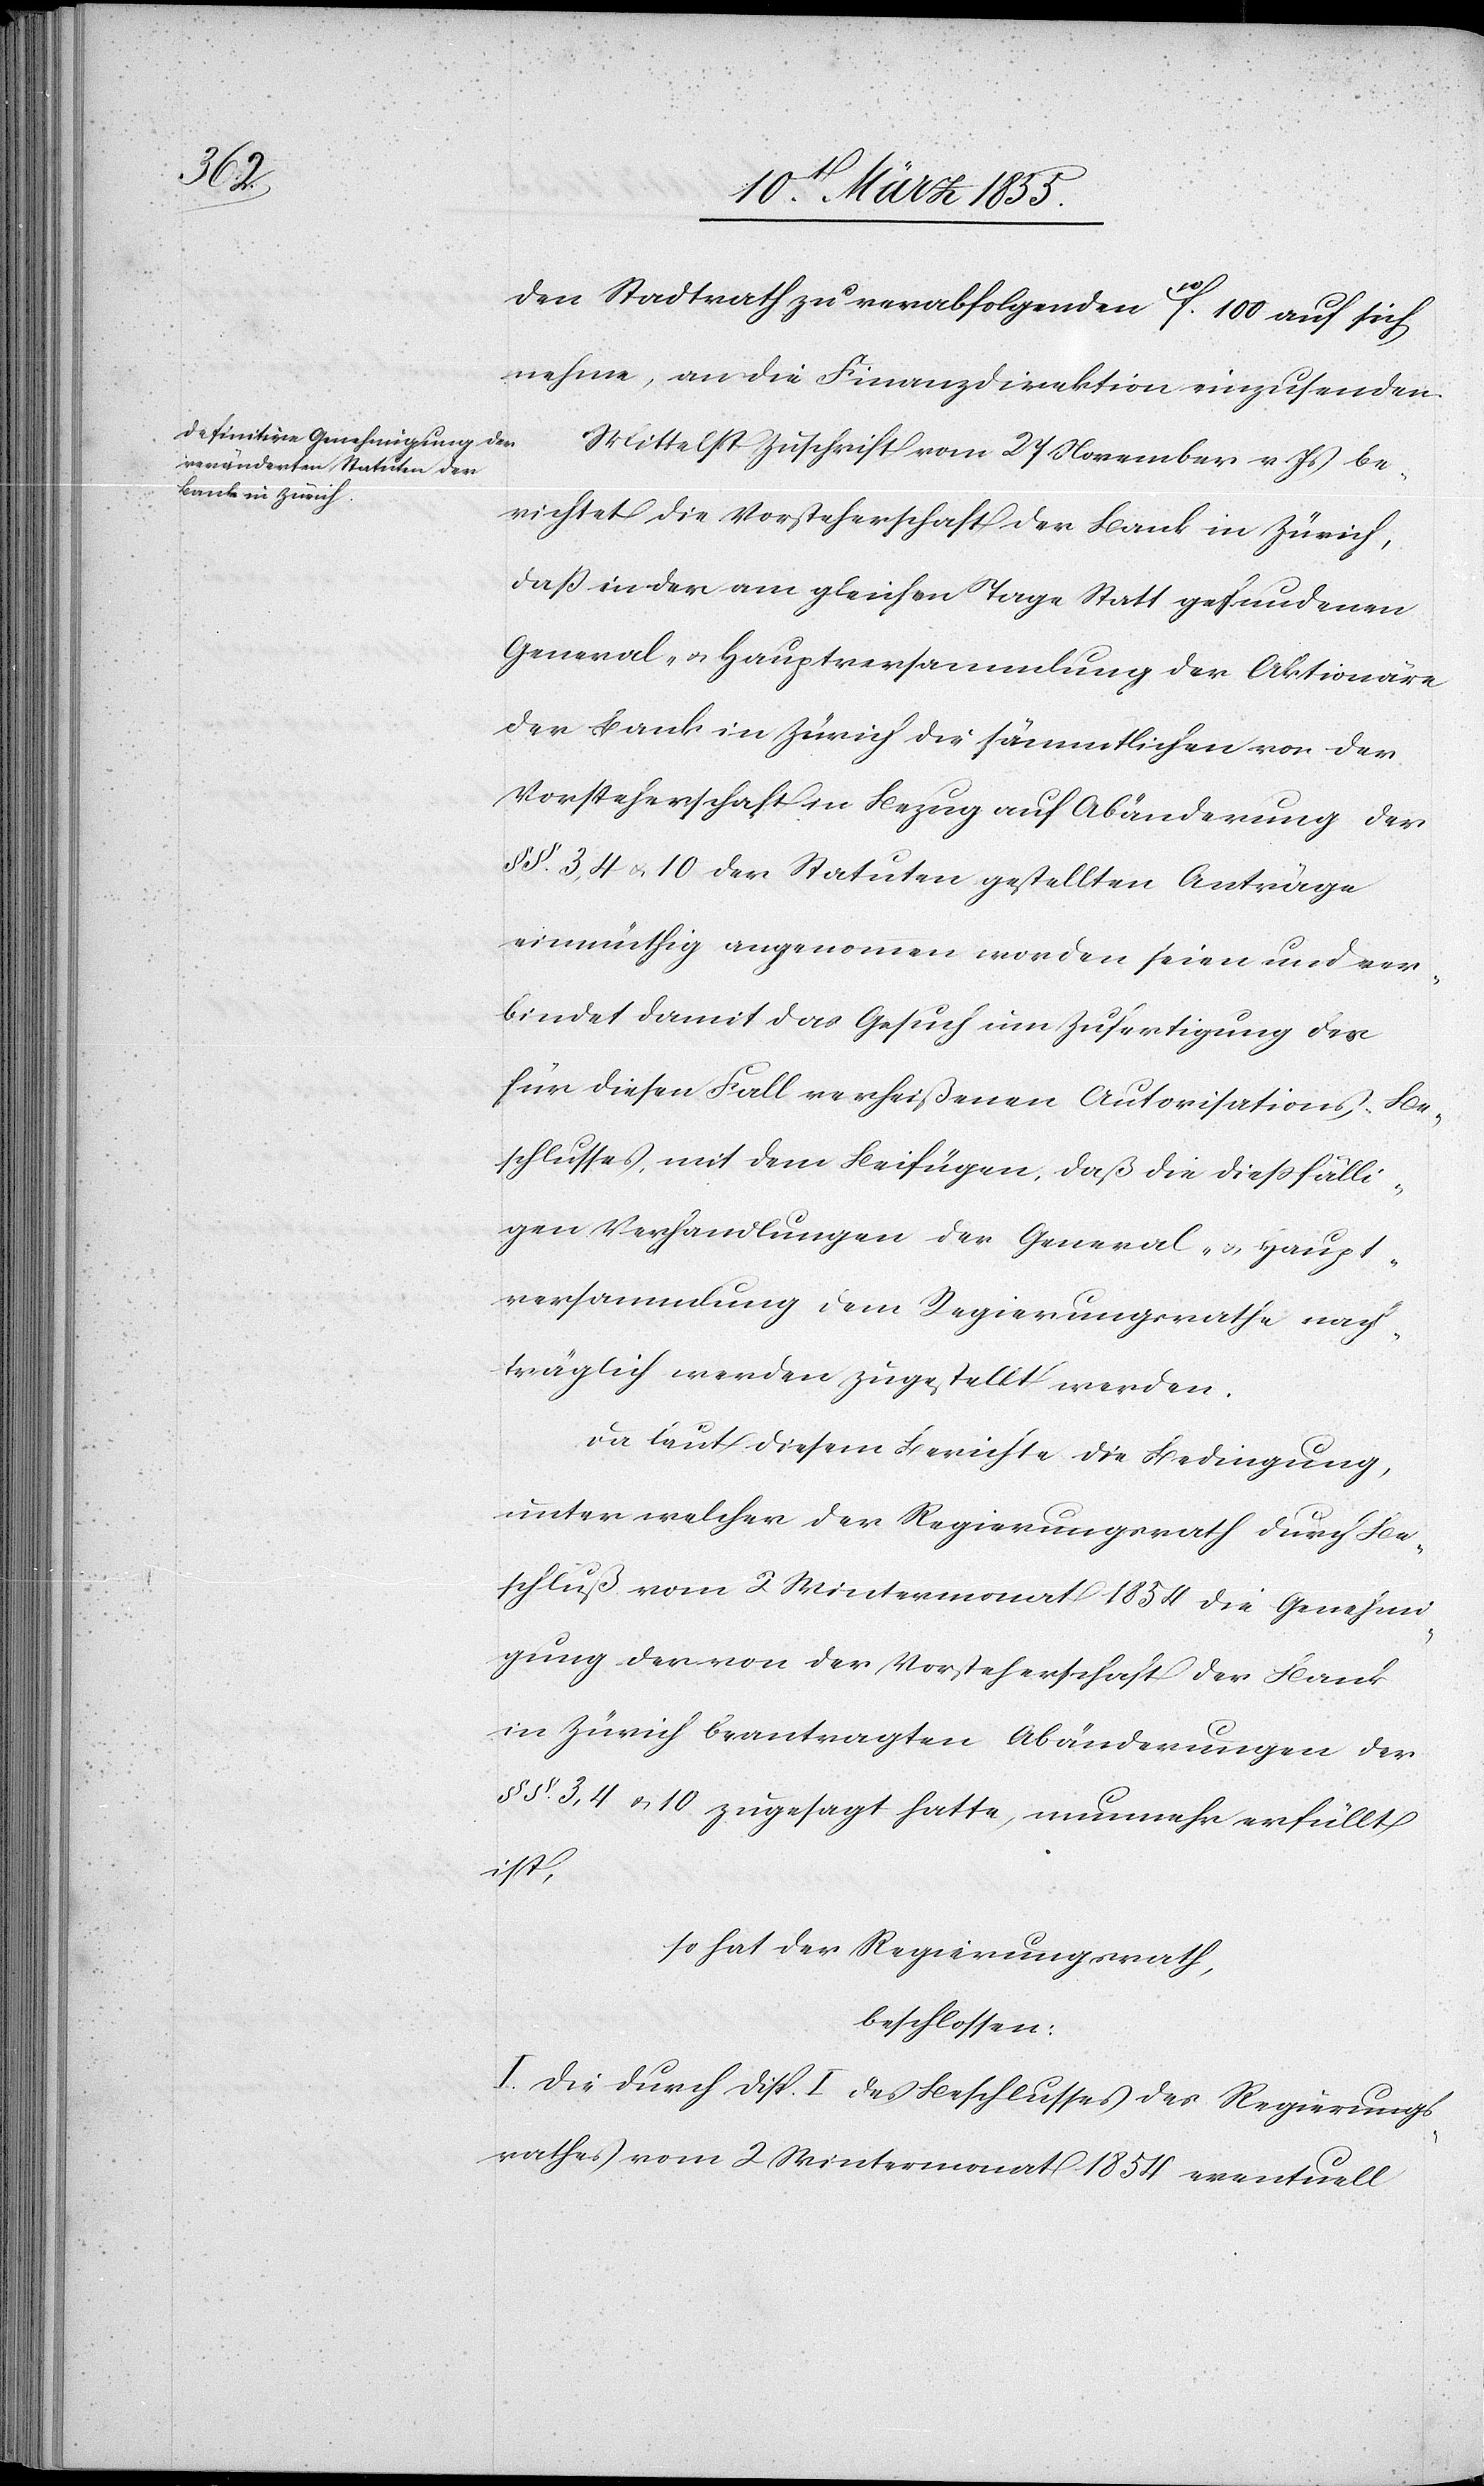
den Stadtrath zu verabfolgenden 10f. 100 auf sich
nehme, an die Finanzdirektion einzusenden.
Mittelst Zuschrift vom 27 November v. Js be¬
richtet die Vorsteherschaft der Bank in Zürich,
daß in der am gleichen Tage Statt gefundenen
General- & Hauptversammlung der Aktionäre
der Bank in Zürich die sämmtlichen von der
Vorsteherschaft in Bezug auf Abänderung der
§§. 3, 4 & 10 der Statuten gestellten Anträge
einmüthig angenommen worden seien und ver¬
bindet damit das Gesuch um Zufertigung des
für diesen Fall verheißenen Autorisations-Be¬
schlusses, mit dem Beifügen, daß die diessfälli¬
gen Verhandlungen der General- & Haupt¬
versammlung dem Regierungsrathe nach¬
träglich werden zugestellt werden.
Da laut diesem Berichte die Bedingung,
unter welcher der Regierungsrath durch Be¬
schluß vom 2 Wintermonat 1854 die Genehmi¬
gung der von der Vorsteherschaft der Bank
in Zürich beantragten Abänderungen der
§§. 3, 4 & 10 zugesagt hatte, nunmehr erfüllt
ist,
so hat der Regierungsrath,
beschlossen:
I. Die durch Disp. I des Beschlusses des Regierungs¬
rathes vom 2 Wintermonat 1854 eventuell